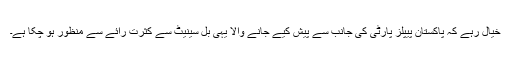
خیال رہے کہ پاکستان پیپلز پارٹی کی جانب سے پیش کیے جانے والا یہی بل سینیٹ سے کثرت رائے سے منظور ہو چکا ہے۔